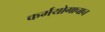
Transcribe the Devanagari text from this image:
कर्मयोगाचाच